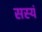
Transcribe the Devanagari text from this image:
सस्यं